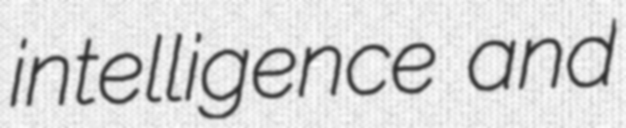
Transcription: intelligence and